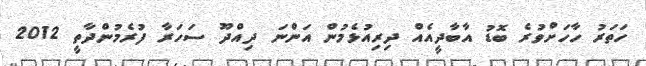
ހަތަރު ހާހަށްވުރެ ބޮޑު އާބާދީއެއް ދިރިއުޅެމުން އަންނަ ދިއްދޫ ސަހަރާ ފުރެމުންދާތީ 2012